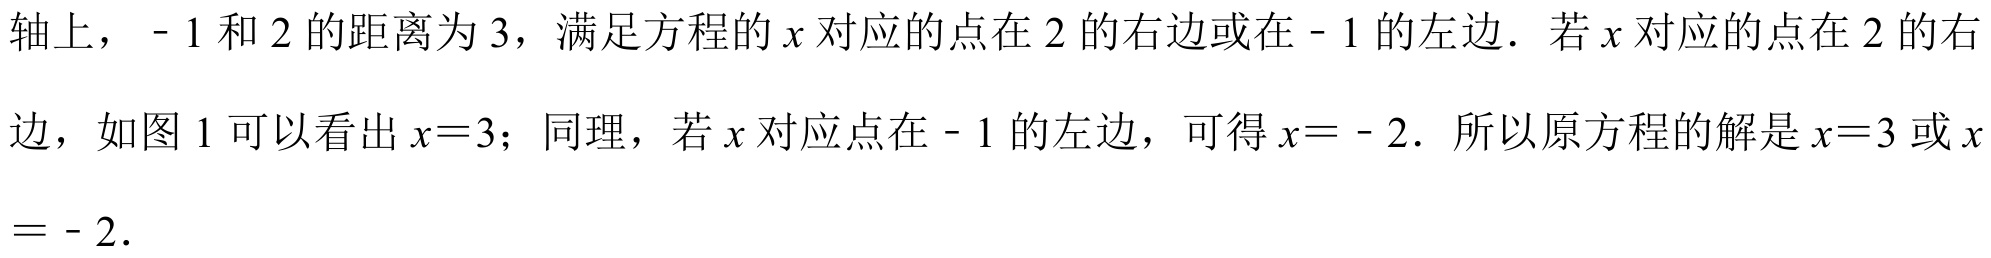
轴上，\(-1\)和\(2\)的距离为\(3\)，满足方程的\(x\)对应的点在\(2\)的右边或在\(-1\)的左边．若\(x\)对应的点在\(2\)的右
边，如图\(1\)可以看出\(x = 3\)；同理，若\(x\)对应点在\(-1\)的左边，可得\(x=-2\)．所以原方程的解是\(x = 3\)或\(x\)
\(=-2\)．